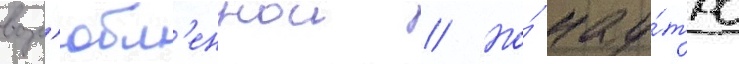
возл'юбл'еннои // Но́ нау́тро